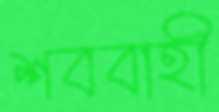
শববাহী